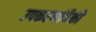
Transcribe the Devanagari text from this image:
उपकरणांपैकी